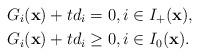
LaTeX: \begin{align*}G_{i}(\mathbf{x})+td_{i}&=0,i\in I_{+}(\mathbf{x}),\\G_{i}(\mathbf{x})+td_{i}&\geq0,i\in I_{0}(\mathbf{x}).\end{align*}